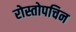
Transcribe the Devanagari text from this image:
रोस्तोपचिन